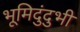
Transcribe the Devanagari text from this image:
भूमिदुंदुभी